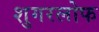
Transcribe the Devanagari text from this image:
शुगरलोफ